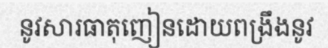
នូវសារធាតុញៀនដោយពង្រឹងនូវ